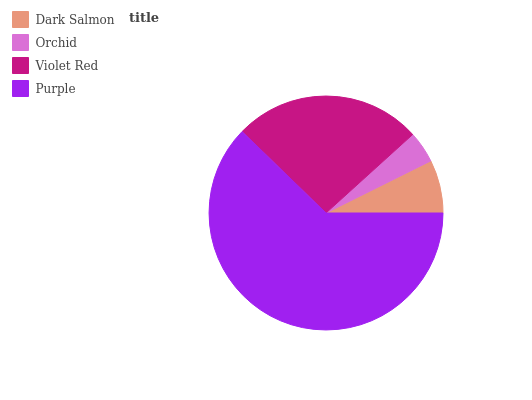
| Dark Salmon | Orchid | Violet Red | Purple |
 | --- | --- | --- | --- |
 | 7.35% | 4.36% | 26.1% | 62.2% |